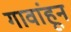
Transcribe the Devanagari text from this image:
गावांहून